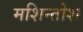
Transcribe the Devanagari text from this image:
मशिन्तोश